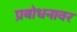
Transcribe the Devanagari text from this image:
प्रबोधनावर